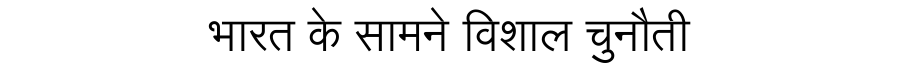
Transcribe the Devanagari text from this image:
भारत के सामने विशाल चुनौती